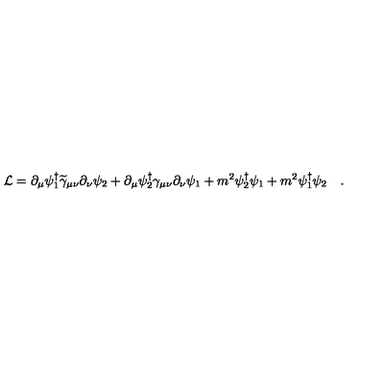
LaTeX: { \cal L } = \partial _ { \mu } \psi _ { 1 } ^ { \dagger } \widetilde \gamma _ { \mu \nu } \partial _ { \nu } \psi _ { 2 } + \partial _ { \mu } \psi _ { 2 } ^ { \dagger } \gamma _ { \mu \nu } \partial _ { \nu } \psi _ { 1 } + m ^ { 2 } \psi _ { 2 } ^ { \dagger } \psi _ { 1 } + m ^ { 2 } \psi _ { 1 } ^ { \dagger } \psi _ { 2 } \quad .